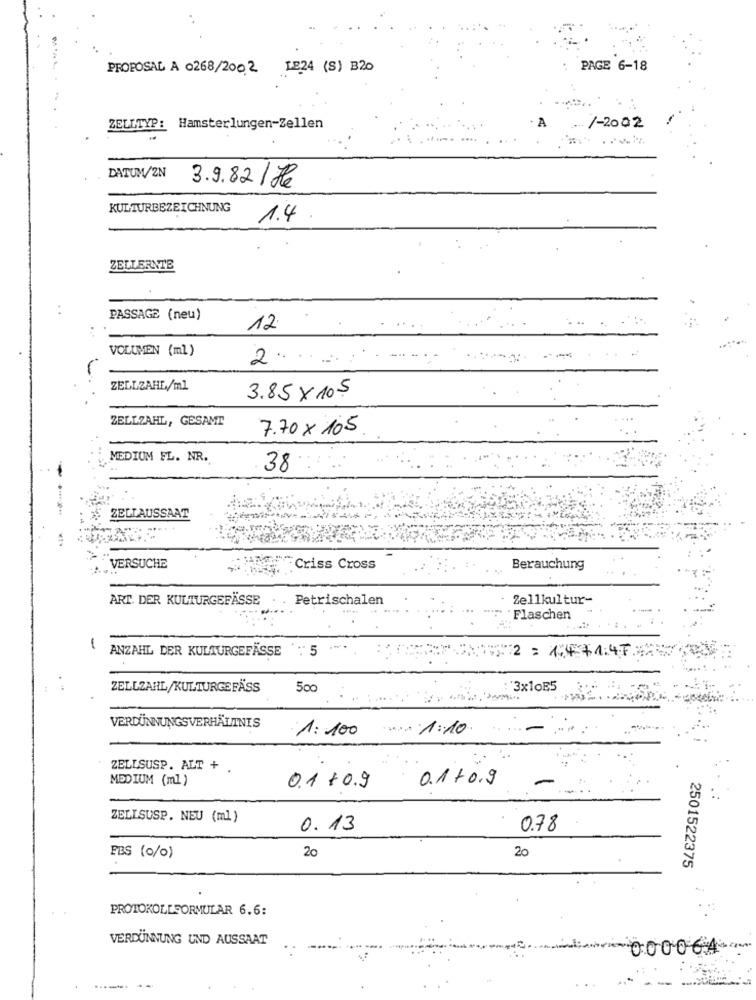
PROPOSAL A 0268/2002
LE24 (S) B20
PAGE 6-18
/-2002
ZELLTYP: Hamsterlungen-Zellen
DATUM/2N
3.9.82 / He
KULTURBEZEICHNUNG
1.4
ZELLERNTE
PASSAGE (neu)
12
VOLUMEN (ml )
2.
-
ZELLZAHE,/ml
3.85× 10.5
ZELLZAHL, GESAMT
7.70 x 105
MEDIUM FL. NR.
38
-
ZELLAUSSAAT
VERSUCHE
Criss Cross
Berauchung
ART. DER KULTURGEFÄSSE
Petrischalen
Zellkultur-
Flaschen
-
ANZAHL DER KULTURGEFÄSSE : 5
***** #2 : 41:47
ZELLZAHL/KULTURGEFÄSS
50
:3x1OE5
VERDÜNNUNGSVERHÄLTNIS
1:100
VIA 1:10
ZELLSUSP. ALT + .
MEDIUM (ml )
-
0.1 + 0.9
0.1+0.9
ZELLSUSP. NEU (ml)
0.13
0.78
20
20
EBS (0/0)
2501522375
PROTOKOLLFORMULAR 6.6:
VERDÜNNUNG UND AUSSAAT
000064